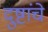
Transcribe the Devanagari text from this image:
दुष्टांचे